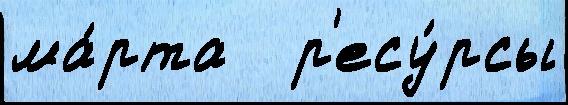
ма́рта   р'есу́рсы